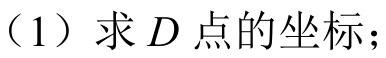
（1）求\(D\)点的坐标；